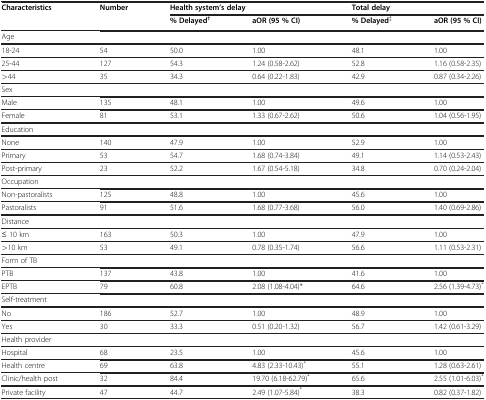
<table><thead><tr><td><b>Characteristics</b></td><td><b>Number</b></td><td colspan="2"><b>Health system’s delay</b></td><td colspan="2"><b>Total delay</b></td></tr><tr><td><b> </b></td><td><b> </b></td><td><b>% Delayed<sup>†</sup></b></td><td><b>aOR (95 % CI)</b></td><td><b>% Delayed<sup>‡</sup></b></td><td><b>aOR (95 % CI)</b></td></tr></thead><tbody><tr><td>Age</td><td> </td><td> </td><td> </td><td> </td><td> </td></tr><tr><td>18-24</td><td>54</td><td>50.0</td><td>1.00</td><td>48.1</td><td>1.00</td></tr><tr><td>25-44</td><td>127</td><td>54.3</td><td>1.24 (0.58-2.62)</td><td>52.8</td><td>1.16 (0.58-2.35)</td></tr><tr><td>&gt;44</td><td>35</td><td>34.3</td><td>0.64 (0.22-1.83)</td><td>42.9</td><td>0.87 (0.34-2.26)</td></tr><tr><td>Sex</td><td> </td><td> </td><td> </td><td> </td><td> </td></tr><tr><td>Male</td><td>135</td><td>48.1</td><td>1.00</td><td>49.6</td><td>1.00</td></tr><tr><td>Female</td><td>81</td><td>53.1</td><td>1.33 (0.67-2.62)</td><td>50.6</td><td>1.04 (0.56-1.95)</td></tr><tr><td>Education</td><td> </td><td> </td><td> </td><td> </td><td> </td></tr><tr><td>None</td><td>140</td><td>47.9</td><td>1.00</td><td>52.9</td><td>1.00</td></tr><tr><td>Primary</td><td>53</td><td>54.7</td><td>1.68 (0.74-3.84)</td><td>49.1</td><td>1.14 (0.53-2.43)</td></tr><tr><td>Post-primary</td><td>23</td><td>52.2</td><td>1.67 (0.54-5.18)</td><td>34.8</td><td>0.70 (0.24-2.04)</td></tr><tr><td>Occupation</td><td> </td><td> </td><td> </td><td> </td><td> </td></tr><tr><td>Non-pastoralists</td><td>125</td><td>48.8</td><td>1.00</td><td>45.6</td><td>1.00</td></tr><tr><td>Pastoralists</td><td>91</td><td>51.6</td><td>1.68 (0.77-3.68)</td><td>56.0</td><td>1.40 (0.69-2.86)</td></tr><tr><td>Distance</td><td> </td><td> </td><td> </td><td> </td><td> </td></tr><tr><td>≤ 10 km</td><td>163</td><td>50.3</td><td>1.00</td><td>47.9</td><td>1.00</td></tr><tr><td>&gt;10 km</td><td>53</td><td>49.1</td><td>0.78 (0.35-1.74)</td><td>56.6</td><td>1.11 (0.53-2.31)</td></tr><tr><td>Form of TB</td><td> </td><td> </td><td> </td><td> </td><td> </td></tr><tr><td>PTB</td><td>137</td><td>43.8</td><td>1.00</td><td>41.6</td><td>1.00</td></tr><tr><td>EPTB</td><td>79</td><td>60.8</td><td>2.08 (1.08-4.04)*</td><td>64.6</td><td>2.56 (1.39-4.73)<sup>*</sup></td></tr><tr><td>Self-treatment</td><td> </td><td> </td><td> </td><td> </td><td> </td></tr><tr><td>No</td><td>186</td><td>52.7</td><td>1.00</td><td>48.9</td><td>1.00</td></tr><tr><td>Yes</td><td>30</td><td>33.3</td><td>0.51 (0.20-1.32)</td><td>56.7</td><td>1.42 (0.61-3.29)</td></tr><tr><td>Health provider</td><td> </td><td> </td><td> </td><td> </td><td> </td></tr><tr><td>Hospital</td><td>68</td><td>23.5</td><td>1.00</td><td>45.6</td><td>1.00</td></tr><tr><td>Health centre</td><td>69</td><td>63.8</td><td>4.83 (2.33-10.43)<sup>*</sup></td><td>55.1</td><td>1.28 (0.63-2.61)</td></tr><tr><td>Clinic/health post</td><td>32</td><td>84.4</td><td>19.70 (6.18-62.79)<sup>*</sup></td><td>65.6</td><td>2.55 (1.01-6.03)<sup>*</sup></td></tr><tr><td>Private facility</td><td>47</td><td>44.7</td><td>2.49 (1.07-5.84)<sup>*</sup></td><td>38.3</td><td>0.82 (0.37-1.82)</td></tr></tbody></table>